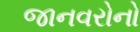
જાનવરોનો